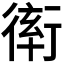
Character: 𧗵